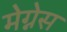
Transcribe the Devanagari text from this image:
मेग्नेस